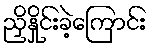
ညှိနှိုင်းခဲ့ကြောင်း